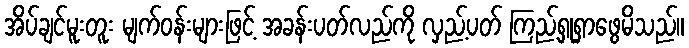
အိပ်ချင်မူးတူး မျက်ဝန်းများဖြင့် အခန်းပတ်လည်ကို လှည့်ပတ် ကြည့်ရှုရှာဖွေမိသည်။